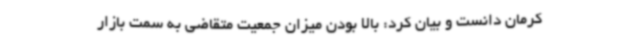
کرمان دانست و بیان کرد: بالا بودن میزان جمعیت متقاضی به سمت بازار